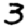
Digit: 3